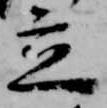
立